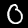
Label: 0